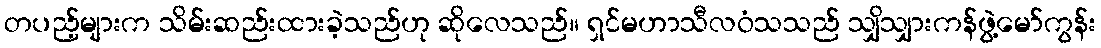
တပည့်များက သိမ်းဆည်းထားခဲ့သည်ဟု ဆိုလေသည်။ ရှင်မဟာသီလဝံသသည် သျှိသျှားကန်ဖွဲ့မော်ကွန်း